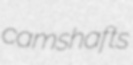
camshafts